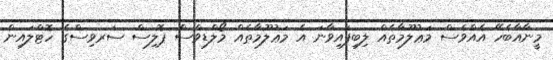
މީނާއާބެހޭ އެއްވެސް މަޢުލޫމާތެއް ލިބިފައިވާނަ އެ މަޢުލޫމާތެއް މޯލްޑިވްސް ޕޮލިސް ސަރވިސްގެ ހޮޓްލައިން